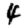
Digit: 4